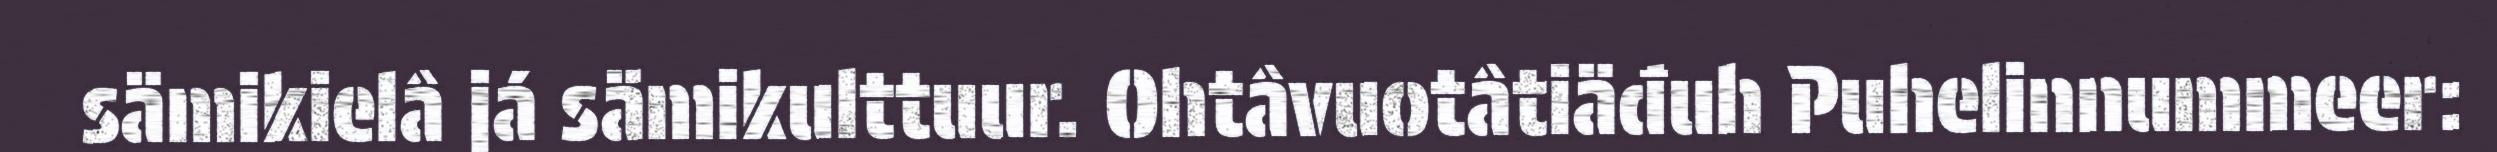
sämikielâ já sämikulttuur. Ohtâvuotâtiäđuh Puhelinnummeer: